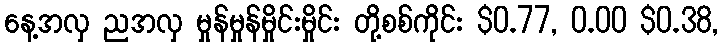
နေ့အလှ ညအလှ မှုန်မှုန်မှိုင်းမှိုင်း တို့စစ်ကိုင်း $0.77, 0.00 $0.38,